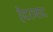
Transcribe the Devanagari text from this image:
हैैदराबाद